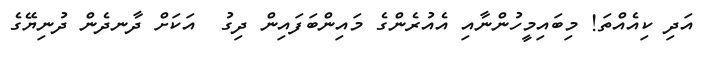
އަދި ކިއެއްތަ! މިބައިމީހުންނާއި އެއުރެންގެ މައިންބަފައިން ދިގު  އަކަށް ދާނދެން ދުނިޔޭގެ